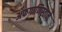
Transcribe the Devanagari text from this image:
अफगाणिस्ताने